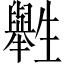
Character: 𤰁